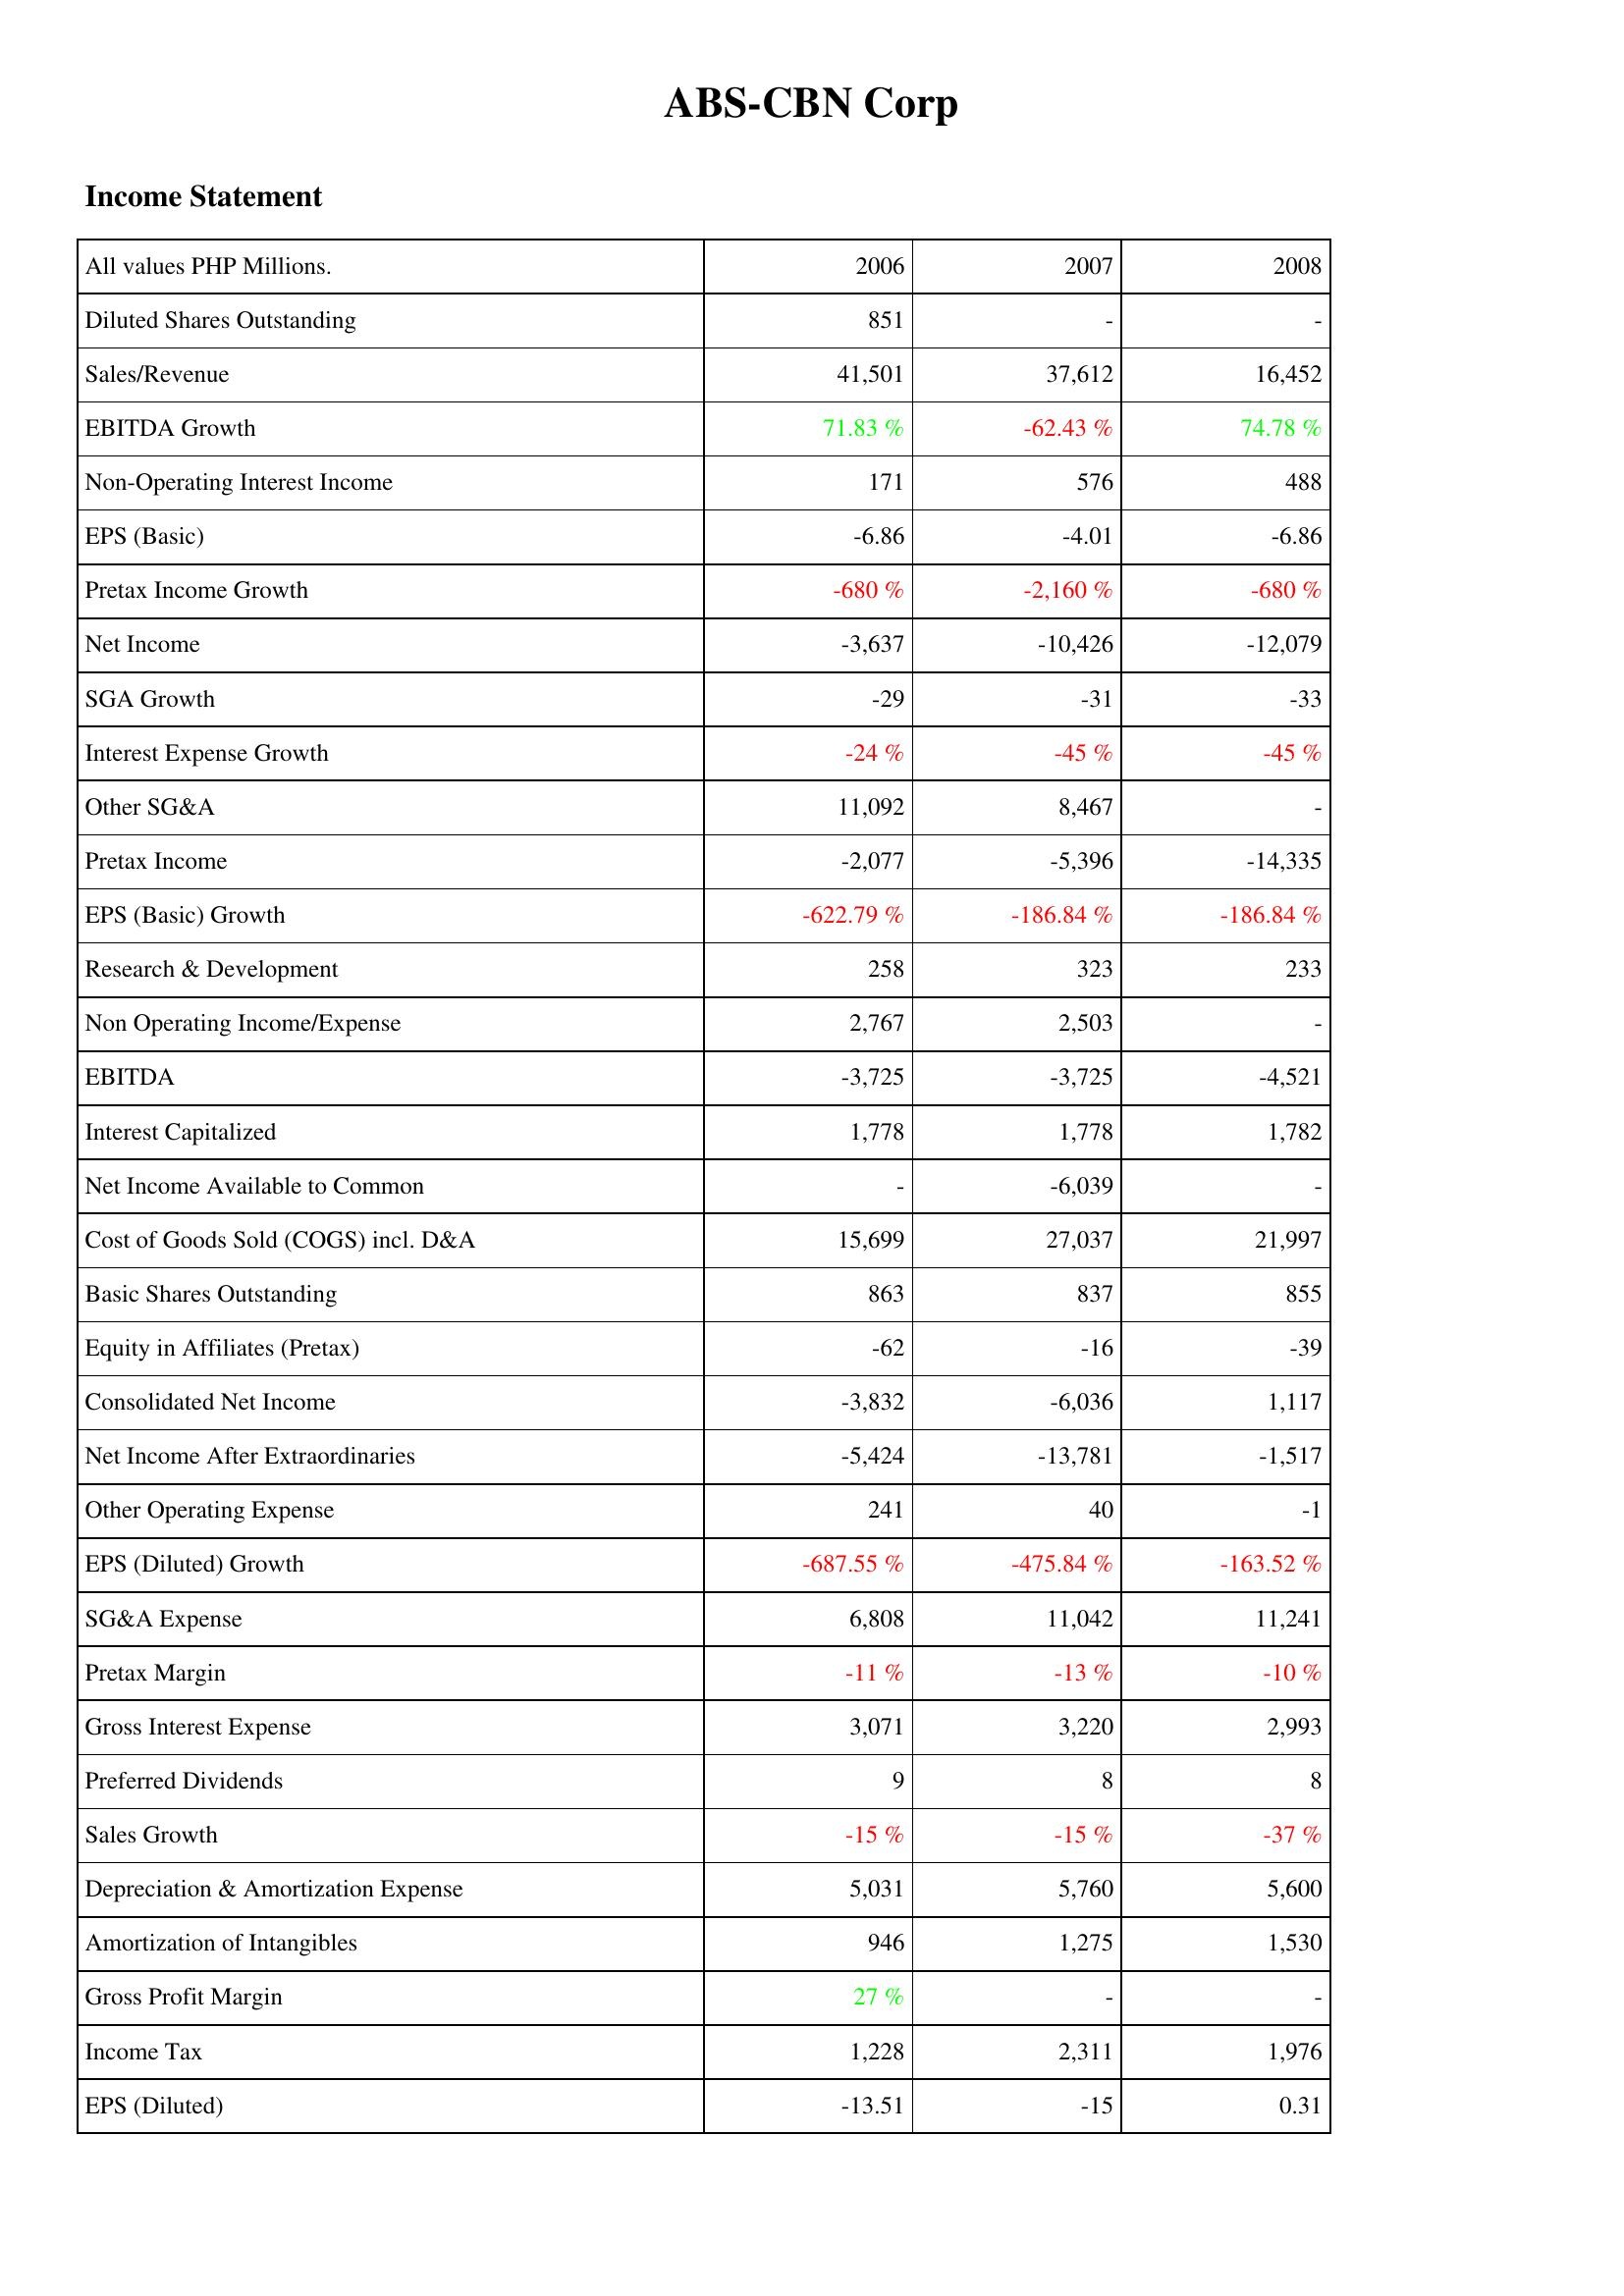
2006: Income Statement: Diluted Shares Outstanding: 851
Sales/Revenue: 41,501
EBITDA Growth: 71.83 %
Non-Operating Interest Income: 171
EPS (Basic): -6.86
Pretax Income Growth: -680 %
Net Income: -3,637
SGA Growth: -29
Interest Expense Growth: -24 %
Other SG&A: 11,092
Pretax Income: -2,077
EPS (Basic) Growth: -622.79 %
Research & Development: 258
Non Operating Income/Expense: 2,767
EBITDA: -3,725
Interest Capitalized: 1,778
Net Income Available to Common: -
Cost of Goods Sold (COGS) incl. D&A: 15,699
Basic Shares Outstanding: 863
Equity in Affiliates (Pretax): -62
Consolidated Net Income: -3,832
Net Income After Extraordinaries: -5,424
Other Operating Expense: 241
EPS (Diluted) Growth: -687.55 %
SG&A Expense: 6,808
Pretax Margin: -11 %
Gross Interest Expense: 3,071
Preferred Dividends: 9
Sales Growth: -15 %
Depreciation & Amortization Expense: 5,031
Amortization of Intangibles: 946
Gross Profit Margin: 27 %
Income Tax: 1,228
EPS (Diluted): -13.51
2007: Income Statement: Diluted Shares Outstanding: -
Sales/Revenue: 37,612
EBITDA Growth: -62.43 %
Non-Operating Interest Income: 576
EPS (Basic): -4.01
Pretax Income Growth: -2,160 %
Net Income: -10,426
SGA Growth: -31
Interest Expense Growth: -45 %
Other SG&A: 8,467
Pretax Income: -5,396
EPS (Basic) Growth: -186.84 %
Research & Development: 323
Non Operating Income/Expense: 2,503
EBITDA: -3,725
Interest Capitalized: 1,778
Net Income Available to Common: -6,039
Cost of Goods Sold (COGS) incl. D&A: 27,037
Basic Shares Outstanding: 837
Equity in Affiliates (Pretax): -16
Consolidated Net Income: -6,036
Net Income After Extraordinaries: -13,781
Other Operating Expense: 40
EPS (Diluted) Growth: -475.84 %
SG&A Expense: 11,042
Pretax Margin: -13 %
Gross Interest Expense: 3,220
Preferred Dividends: 8
Sales Growth: -15 %
Depreciation & Amortization Expense: 5,760
Amortization of Intangibles: 1,275
Gross Profit Margin: -
Income Tax: 2,311
EPS (Diluted): -15
2008: Income Statement: Diluted Shares Outstanding: -
Sales/Revenue: 16,452
EBITDA Growth: 74.78 %
Non-Operating Interest Income: 488
EPS (Basic): -6.86
Pretax Income Growth: -680 %
Net Income: -12,079
SGA Growth: -33
Interest Expense Growth: -45 %
Other SG&A: -
Pretax Income: -14,335
EPS (Basic) Growth: -186.84 %
Research & Development: 233
Non Operating Income/Expense: -
EBITDA: -4,521
Interest Capitalized: 1,782
Net Income Available to Common: -
Cost of Goods Sold (COGS) incl. D&A: 21,997
Basic Shares Outstanding: 855
Equity in Affiliates (Pretax): -39
Consolidated Net Income: 1,117
Net Income After Extraordinaries: -1,517
Other Operating Expense: -1
EPS (Diluted) Growth: -163.52 %
SG&A Expense: 11,241
Pretax Margin: -10 %
Gross Interest Expense: 2,993
Preferred Dividends: 8
Sales Growth: -37 %
Depreciation & Amortization Expense: 5,600
Amortization of Intangibles: 1,530
Gross Profit Margin: -
Income Tax: 1,976
EPS (Diluted): 0.31